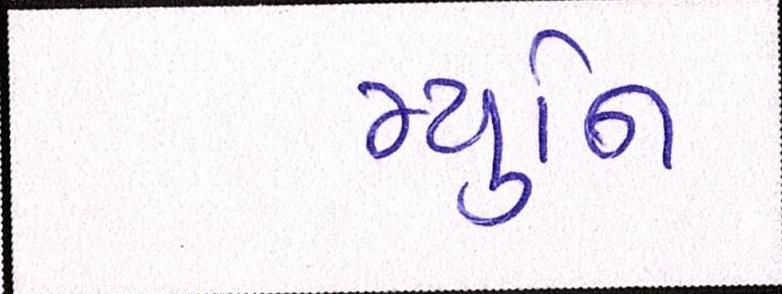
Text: મ્યુનિ